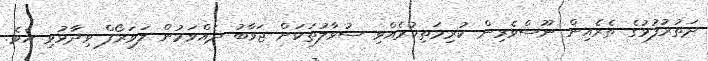
ދަތުރުފުޅުގެ ތެރެއިން ނޫސްވެރިން ކުރިމަތިކުރެއްވި ސުވާލުތަކަށް ޖަވާބު ދެއްވަމުން ލަވަރޯފް ވިދާޅުވި އެވެ.